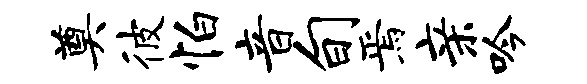
奠彼怕音旬焉亲吟